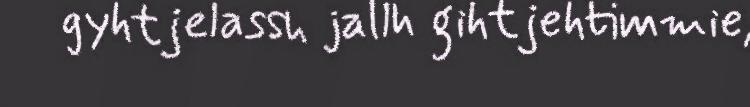
gyhtjelassh jallh gihtjehtimmie,